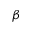
\beta